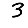
Digit: 3